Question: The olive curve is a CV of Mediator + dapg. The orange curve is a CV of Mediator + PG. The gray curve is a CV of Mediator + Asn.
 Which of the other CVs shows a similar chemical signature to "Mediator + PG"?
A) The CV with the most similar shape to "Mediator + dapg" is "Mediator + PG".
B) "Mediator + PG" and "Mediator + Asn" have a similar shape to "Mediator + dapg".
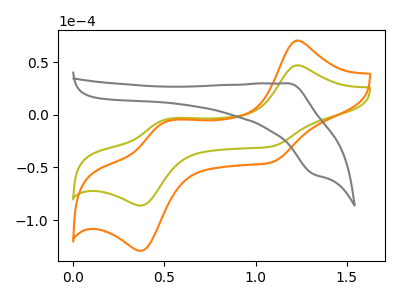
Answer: <think>The olive curve "Mediator + dapg" has anodic peaks at (1.20V, 47.00uA) (0.50V, -4.85uA) and cathodic peaks at (1.10V, -29.95uA) (0.40V, -86.15uA). The orange curve "Mediator + PG" has anodic peaks at (1.20V, 70.45uA) (0.50V, -7.25uA) and cathodic peaks at (1.10V, -44.90uA) (0.40V, -129.10uA). The gray curve "Mediator + Asn" has an anodic peak at (1.20V, 29.90uA) and a cathodic peak at (1.30V, -56.25uA).
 All the peaks in "Mediator + dapg" have a peak in "Mediator + PG" at the same potential. "Mediator + dapg" and "Mediator + Asn" have a different number of peaks. "Mediator + PG" and "Mediator + Asn" have a different number of peaks.</think>
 <answer>A) The CV with the most similar shape to "Mediator + dapg" is "Mediator + PG".</answer>
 <eval>A</eval>